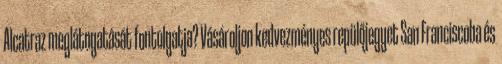
Alcatraz meglátogatását fontolgatja? Vásároljon kedvezményes repülőjegyet San Franciscoba és